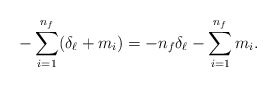
\begin{align*}- \sum_{i=1}^{n_{f}} (\delta_{\ell} + m_{i}) = - n_{f} \delta_{\ell} - \sum_{i=1}^{n_{f}} m_{i}. \end{align*}